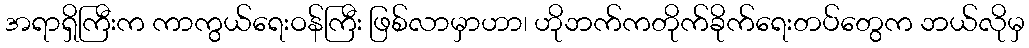
အရာရှိကြီးက ကာကွယ်ရေးဝန်ကြီး ဖြစ်လာမှာဟာ၊ ဟိုဘက်ကတိုက်ခိုက်ရေးတပ်တွေက ဘယ်လိုမှ